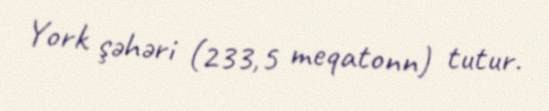
York şəhəri (233,5 meqatonn) tutur.